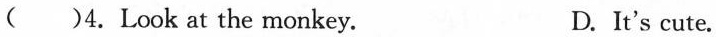
( )4.Look at the monkey. D. It's cute.